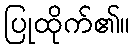
ပြုထိုက်၏။